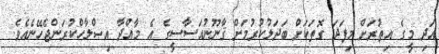
އަދި މީގެ އިތުރަށް މިފަދަ ގޮތަކަށް ބަދަލުކުރުމަށް ޤާނޫނުއަަސާސީގެ އެ މާއްދާ އިޞްލާހްކުރަންޖެހޭނެއެވެ.